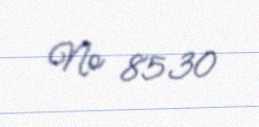
№ 8530